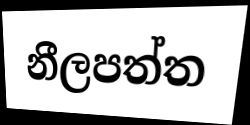
නීලපත්ත